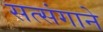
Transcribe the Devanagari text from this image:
सत्संगाने